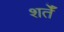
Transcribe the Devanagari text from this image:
शर्तेँ